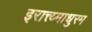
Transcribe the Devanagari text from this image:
इरात्त्य्माधुरम